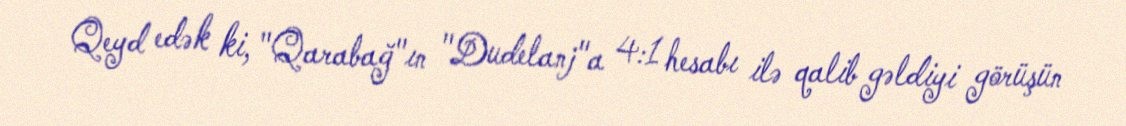
Qeyd edək ki, "Qarabağ"ın "Dudelanj"a 4:1 hesabı ilə qalib gəldiyi görüşün